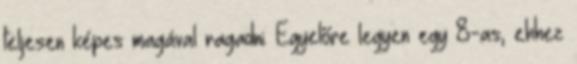
teljesen képes magával ragadni. Egyelőre legyen egy 8-as, ehhez